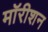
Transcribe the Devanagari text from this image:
मॉरीशन